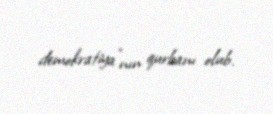
demokratiya”nın qurbanı olub.